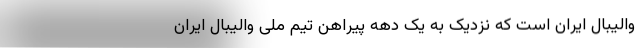
والیبال ایران است که نزدیک به یک دهه پیراهن تیم ملی والیبال ایران